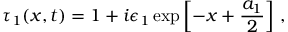
\tau _ { 1 } ( x , t ) = 1 + i \epsilon _ { 1 } \exp \left[ - x + \frac { a _ { 1 } } { 2 } \right] \, ,